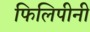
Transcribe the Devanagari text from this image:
फिलिपीनी